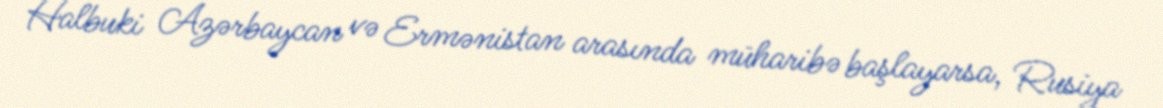
Halbuki Azərbaycan və Ermənistan arasında müharibə başlayarsa, Rusiya